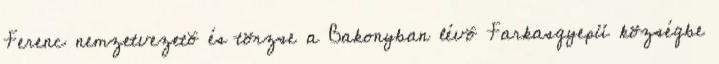
Ferenc nemzetvezetõ és törzse a Bakonyban lévõ Farkasgyepü községbe